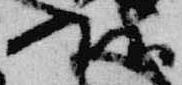
頭